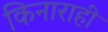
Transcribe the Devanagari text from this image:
किनाराही